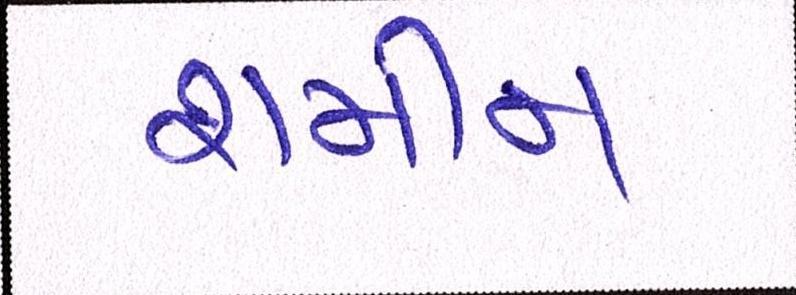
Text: શમીમ